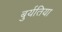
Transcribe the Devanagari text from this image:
बुर्यतिया